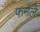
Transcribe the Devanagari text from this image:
फर्नले